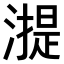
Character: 𣾸